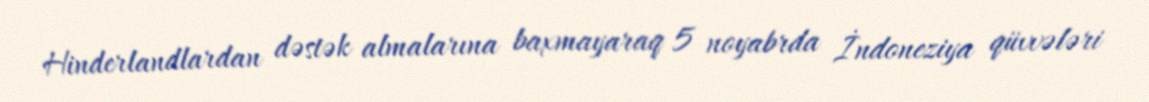
Hinderlandlardan dəstək almalarına baxmayaraq 5 noyabrda İndoneziya qüvvələri